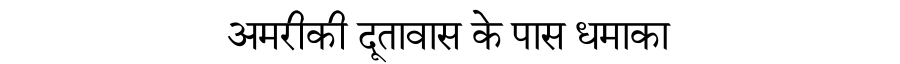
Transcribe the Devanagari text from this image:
अमरीकी दूतावास के पास धमाका